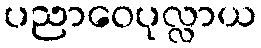
ပညာဝေပုလ္လာယ